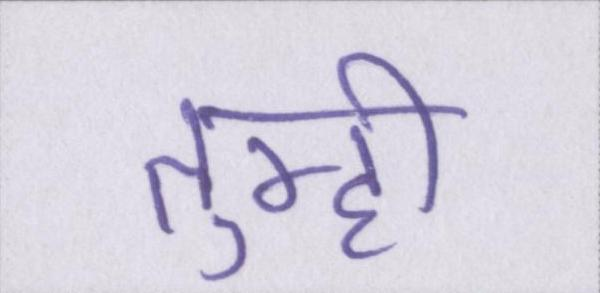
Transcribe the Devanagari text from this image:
तुम्ही